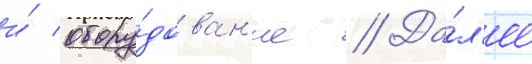
и́ обору́дован'ие // Да́л'ее